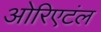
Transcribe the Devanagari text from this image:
ओरिएटंल